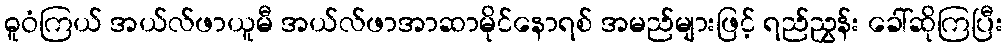
ဓူဝံကြယ် အယ်လ်ဖာယူမီ အယ်လ်ဖာအာဆာမိုင်နောရစ် အမည်များဖြင့် ရည်ညွှန်း ခေါ်ဆိုကြပြီး